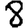
Digit: 8